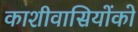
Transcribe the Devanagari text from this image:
काशीवासियोंको